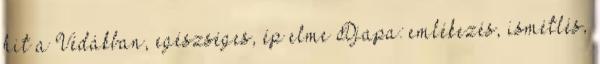
hit a Védákban, egészséges, ép elme Djapa: emlékezés, ismétlés,